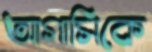
আগাসিকে